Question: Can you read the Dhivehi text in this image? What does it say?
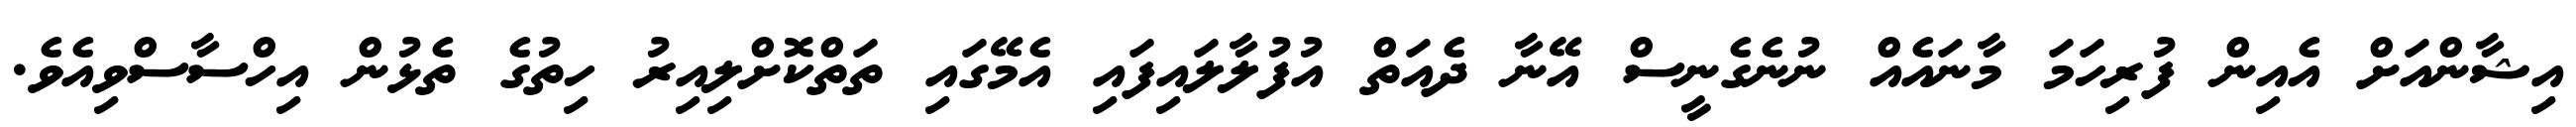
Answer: އިޝާންއަށް އެއިން ފުރިހަމަ މާނައެއް ނުނެގެނީސް އޭނާ ދެއަތް އުފުލާލައިފައި އެމޭގައި ތަތްކޮށްލިއިރު ހިތުގެ ތެޅުން އިހްސާސްވިއެވެ.